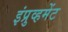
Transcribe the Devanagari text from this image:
इंप्रुव्हमेंट